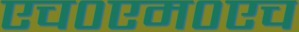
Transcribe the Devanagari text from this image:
एच०एम०एच